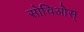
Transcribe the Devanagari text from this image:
सोचिओस्